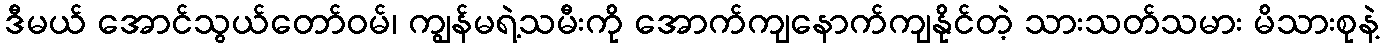
ဒီမယ် အောင်သွယ်တော်ဝမ်၊ ကျွန်မရဲ့သမီးကို အောက်ကျနောက်ကျနိုင်တဲ့ သားသတ်သမား မိသားစုနဲ့